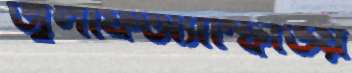
জুলফিঅ্যাম্ফিভিয়